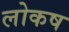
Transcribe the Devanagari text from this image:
लोकष